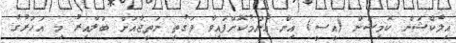
އިލެކްޝަން ކޮމިޝަން (އީސީ) އިން އާންމުކޮށްފައިވާ ވަގުތީ ނަތީޖާއަށް ބަލާއިރު މި އަހަރުގެ